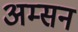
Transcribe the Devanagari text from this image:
अम्सन